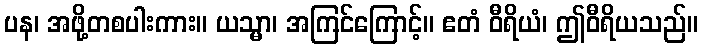
ပန၊ အဖို့တစပါးကား။ ယသ္မာ၊ အကြင်ကြောင့်။ ဧတံ ဝီရိယံ၊ ဤဝီရိယသည်။